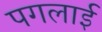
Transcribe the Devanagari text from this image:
पगलाई